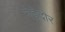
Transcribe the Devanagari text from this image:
गंडेदोर